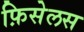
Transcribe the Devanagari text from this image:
फ़िसेलस